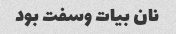
نان بیات وسفت بود